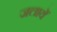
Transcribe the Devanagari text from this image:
जलायें